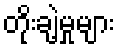
တိုးချဲ့မှုများ